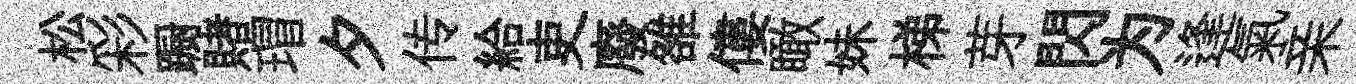
松彩蹰賭瑁夕传給吏廢雒僂瞰妹梯芽閃为逢氣亲